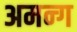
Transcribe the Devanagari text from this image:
अमन्ग